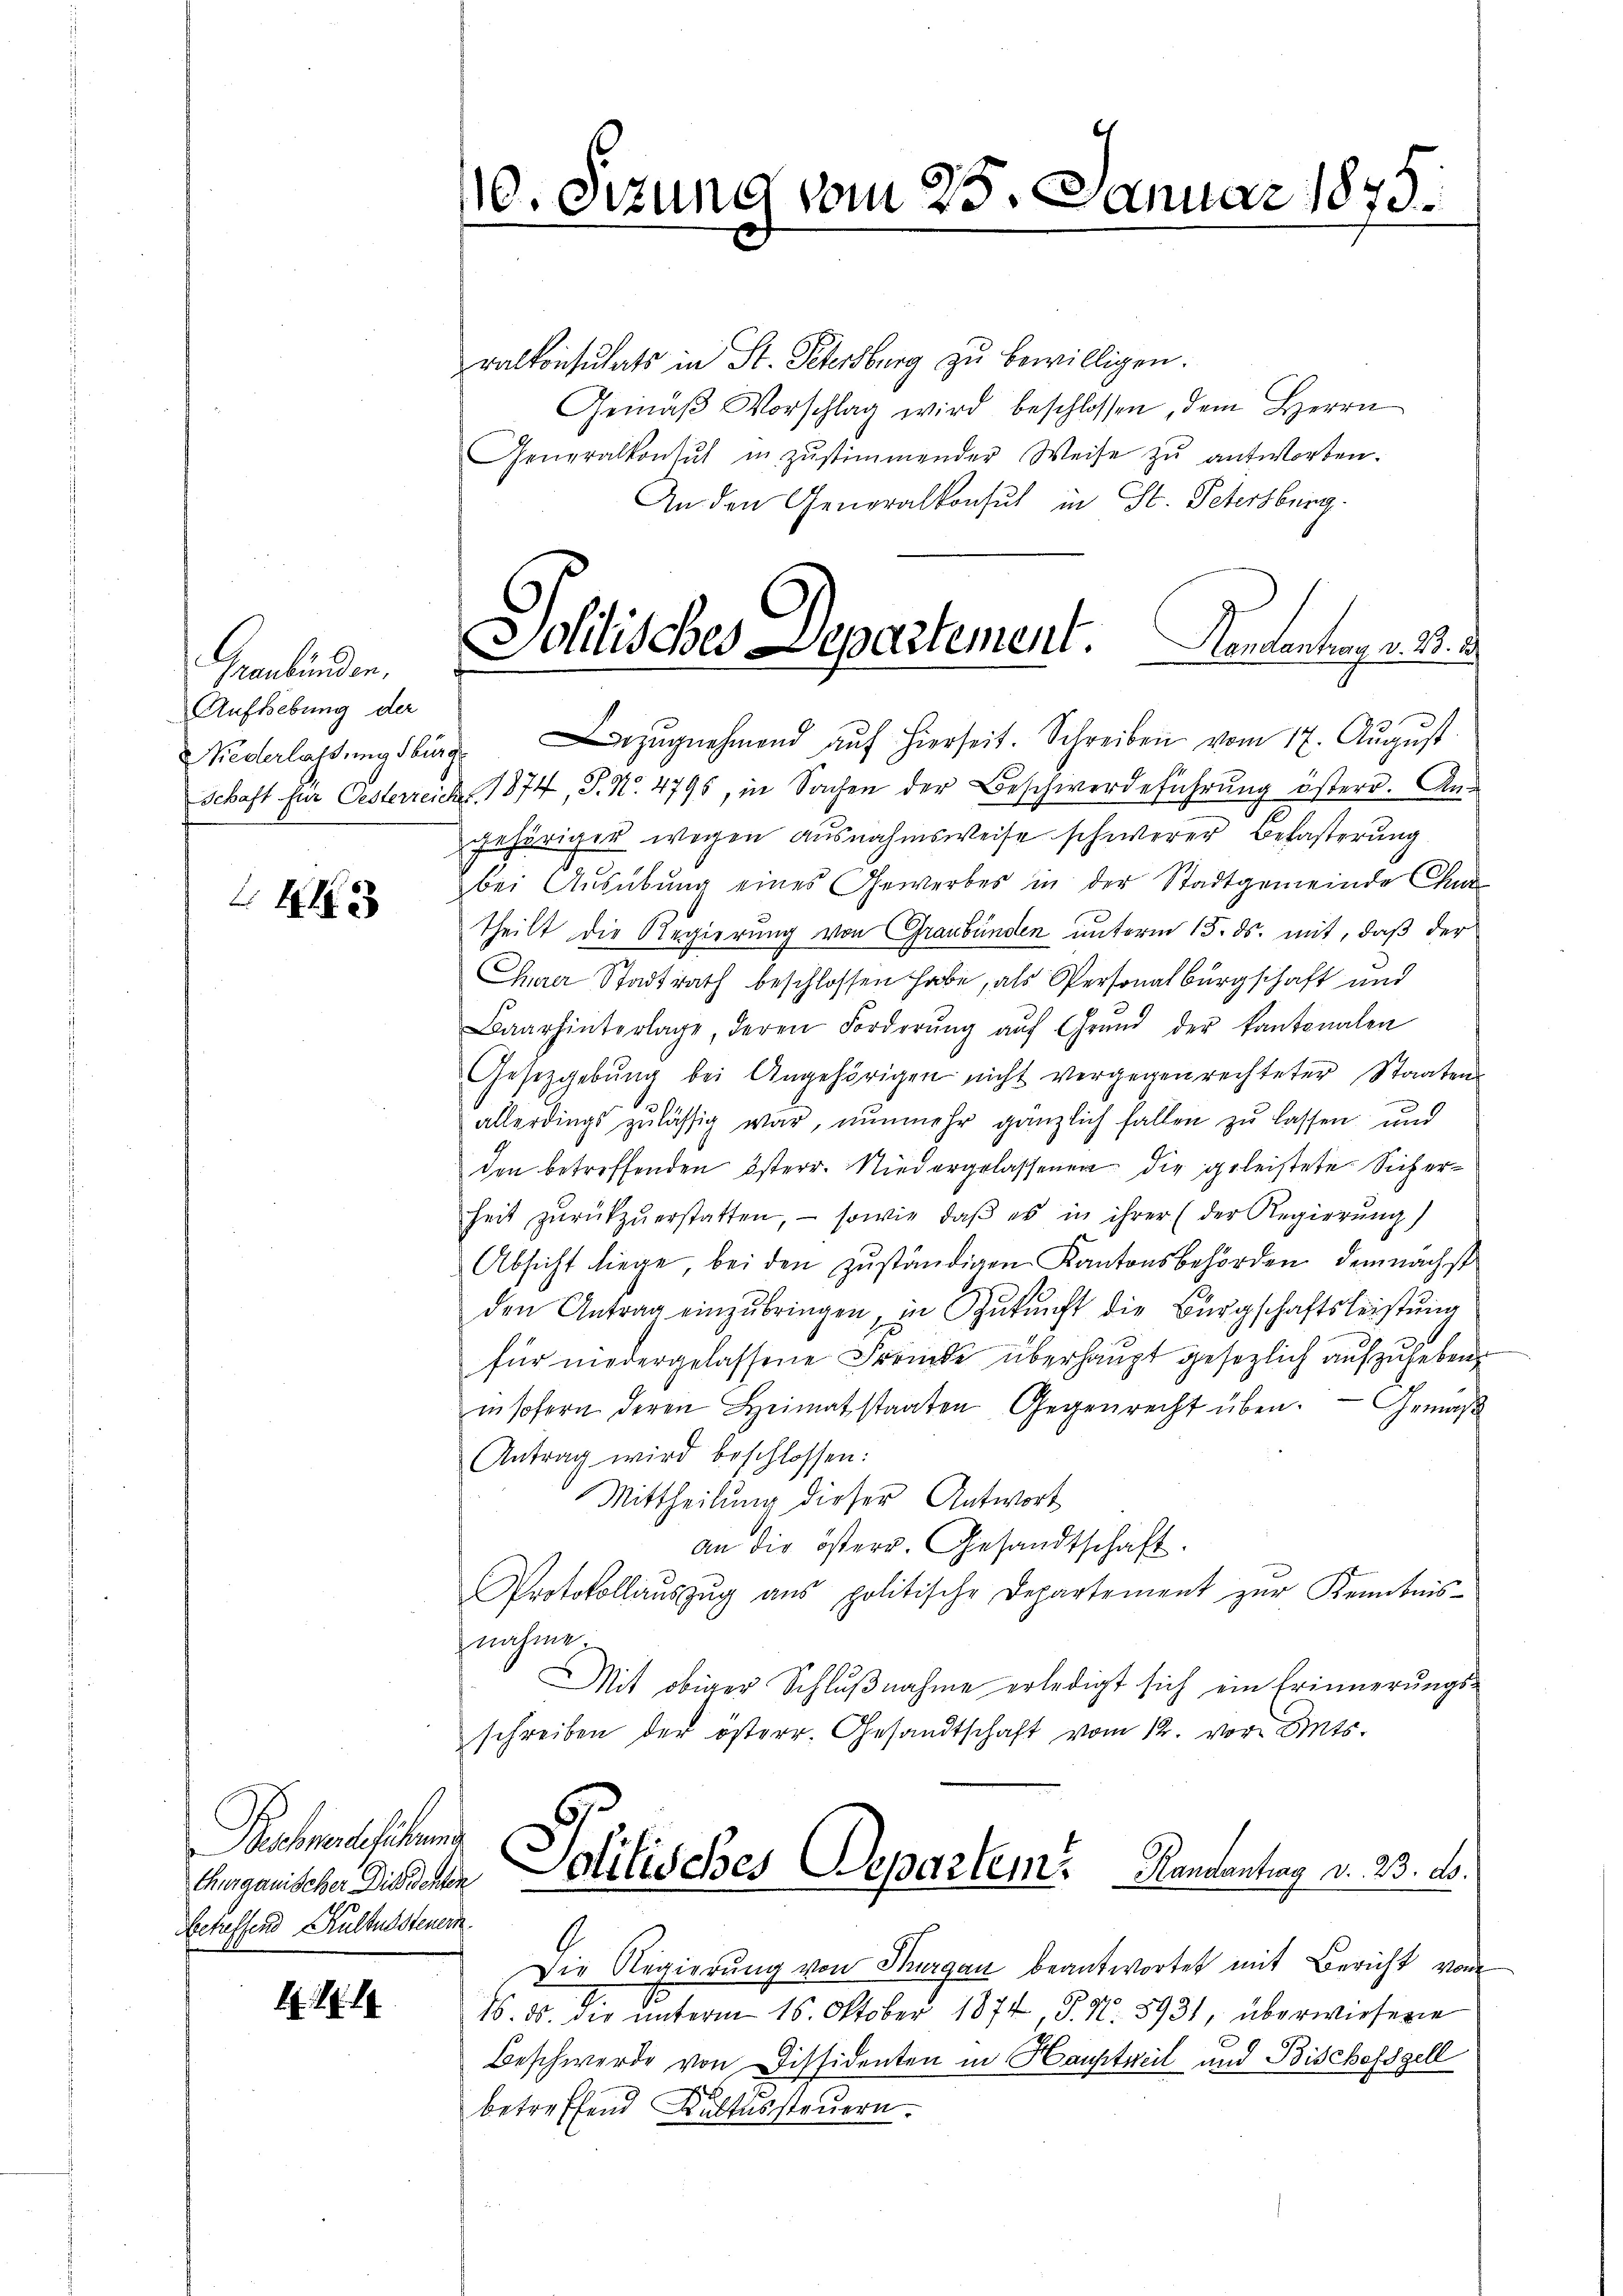
Graubünden.
Aufhebung der

45

Rechneeschen
thurganischer Dich denken
Betreffend Kultussteuern.

10. Sitzung vom 25.

Politisches Departement. Kantonsang v. 3.

ralkonsulats in St. Petersburg zu bewilligen.
Gemäβ Vorschlag wird beschlossen, dem Herrn
Generalkonsul in zŭstimmender Weise zŭ antworten.
An den Generalkonsul in St. Petersburg.
Weberlassŭngsburg zŭgnehmend aŭf hierseit. Schreiben vom 17. Aŭgŭst
Schaft für Oesterreich 1874, S. No. 4795, in Sachen der Beschwerdeführŭng österr. An-
gehörigen wegen ausnahmsweise schwerer Befasterung
bei Ausübung eines Gewerbes in der Stadtgemeinde Chur
theilt die Regierung von Graubünden unterm 15. ds. mit, daß der
Eherer Stadtrath beschlossen habe, als Personalburgschaft und
5
Baarhinterlage, deren Forderŭng aŭf Grŭnd der kantonalen
Gesetzgebŭng bei Angehörigen nicht vergegen rechteter Staaten
allerdings zulässig war, nunmehr gänzlich fallen zu lassen und
den betreffenden österr. Niedergelassenen die geleistete Sicherheit zŭrückzŭerstatten, sowie daβ es in ihrer (der Regierŭng
Absicht liege, bei den zuständigen Kantonsbehörden, demnächst
den Antrag einzŭbringen, in Zukunft die Bürgschaftsleistung
für niedergelassene Fremde überhaupt gesezlich aufzuheben
insofern deren Heimatstaaten Gegenrecht über. — Gemäß
Antrag wird beschlossen:
Mittheilung dieser Antwort
an die österr. Gesandtschaft.
Protokollaŭszŭg aŭs politische Departement zur Kenntnis-
nahme.
Mit obiger Schlußnahme erledigt sich ein Erinnerungs-
schreiben der österr. Gesandtschaft vom 12. vor Amts-
Politisches Departem Kamentrag v. 23. ds.
Die Regierung von Thurgau beantwortet mit Bericht vom
16. ds. die unterm 16. Oktober 1874 P. Nr. 8931, überwiesene
Beschwerde von Dissidenten in Hauptweil und Bischefsgell
betreffend Kultussteuern.

Januar 1875.